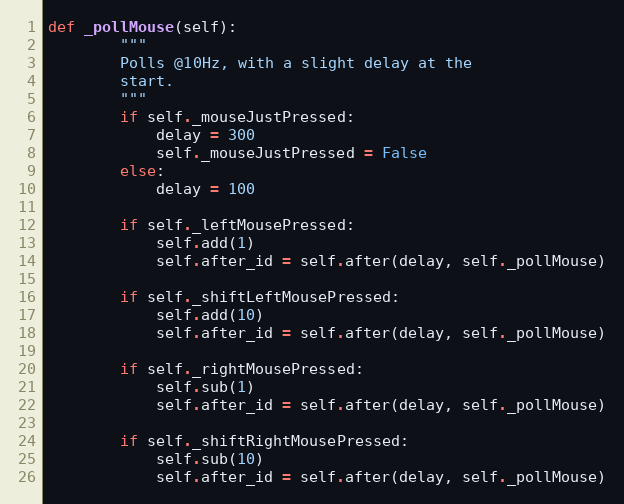
Language: Python
def _pollMouse(self):
        """
        Polls @10Hz, with a slight delay at the
        start.
        """
        if self._mouseJustPressed:
            delay = 300
            self._mouseJustPressed = False
        else:
            delay = 100

        if self._leftMousePressed:
            self.add(1)
            self.after_id = self.after(delay, self._pollMouse)

        if self._shiftLeftMousePressed:
            self.add(10)
            self.after_id = self.after(delay, self._pollMouse)

        if self._rightMousePressed:
            self.sub(1)
            self.after_id = self.after(delay, self._pollMouse)

        if self._shiftRightMousePressed:
            self.sub(10)
            self.after_id = self.after(delay, self._pollMouse)